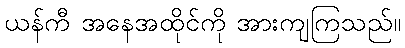
ယန်ကီ အနေအထိုင်ကို အားကျကြသည်။